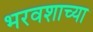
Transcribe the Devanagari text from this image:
भरवशाच्या